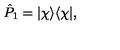
\hat { P } _ { 1 } = | \chi \rangle \langle \chi | ,